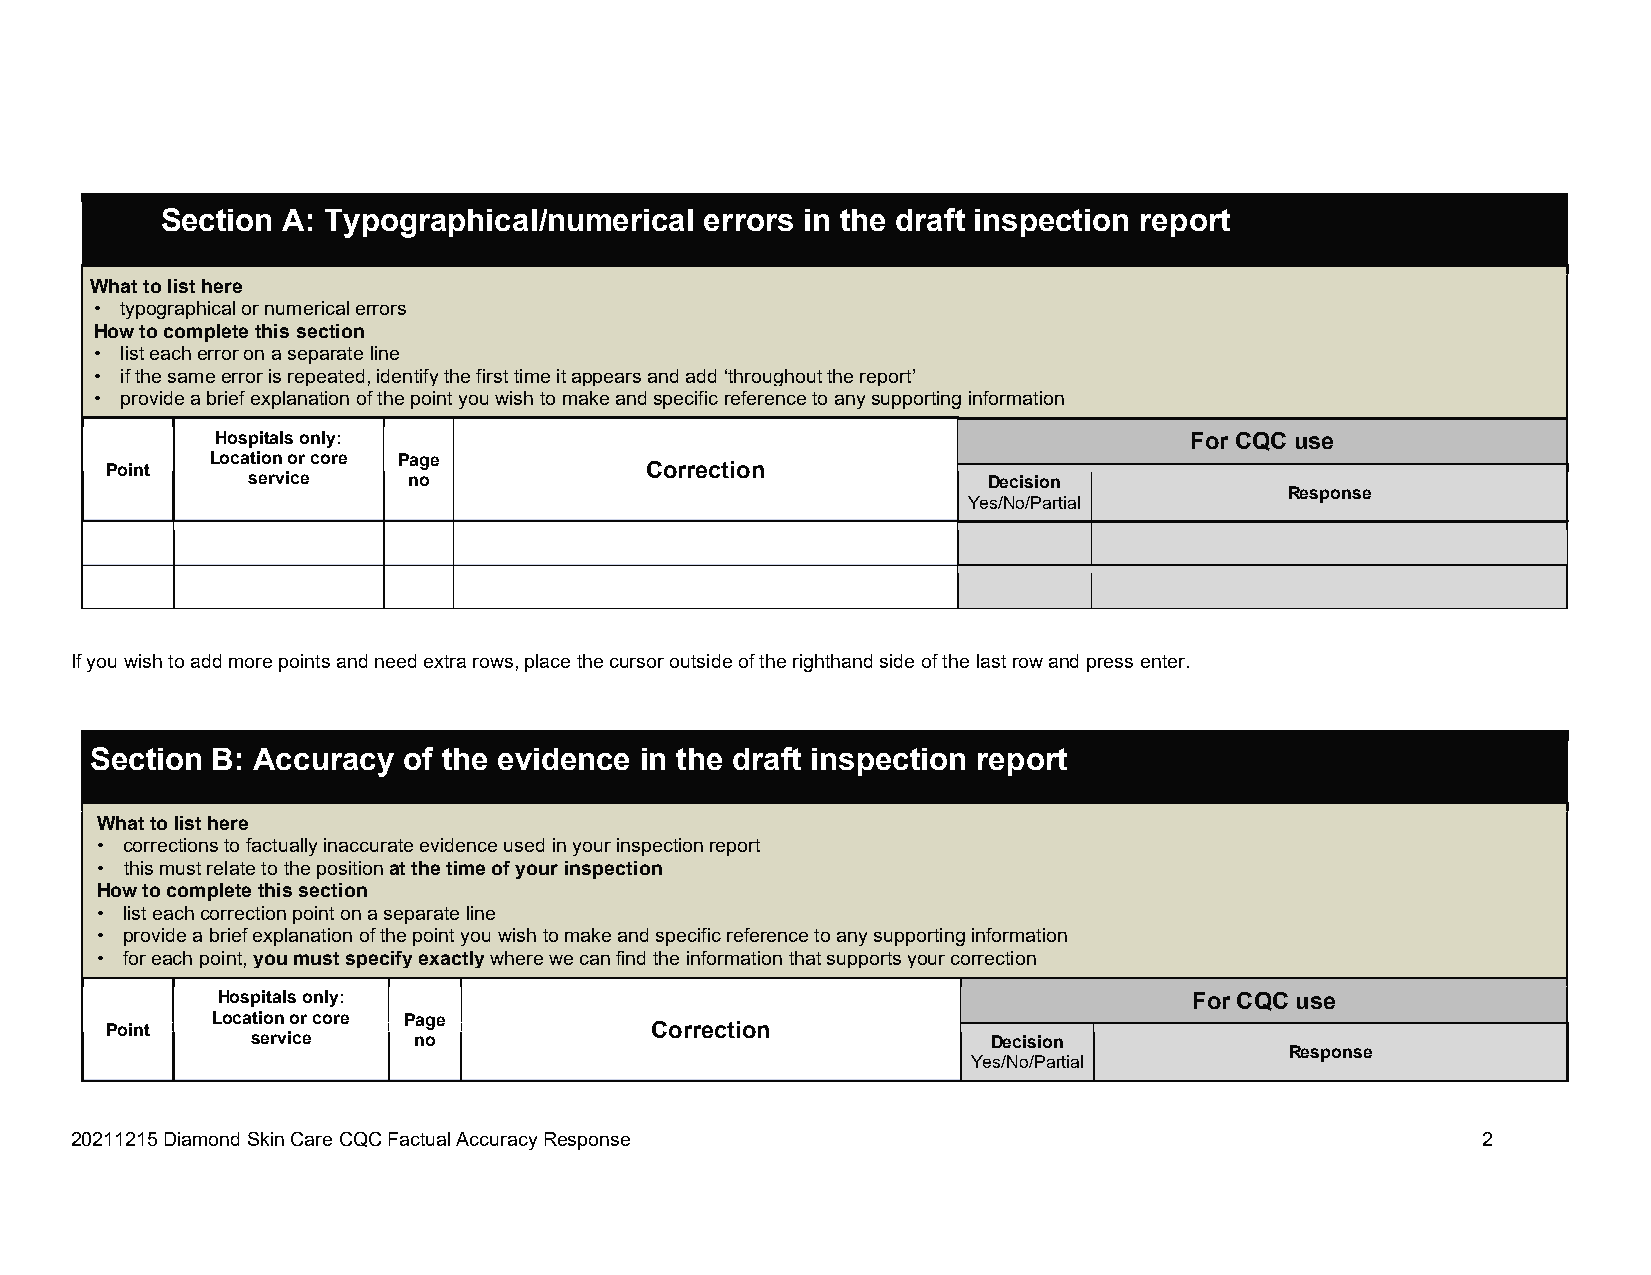
Section A: Typographical/numerical  errors in the draft inspection report
 What to list here
 • typographical or numerical errors
 How to complete this section
 • list each error on a separate line
 • if the same error is repeated, identify the first time it appears and add ‘throughout the report’
 • provide a brief explanation of the point you wish to make and specific reference to any supporting information
 Hospitals only:                                                  For CQC use
 Location or core Page
 Point
 service    no
 Correction
 Decision
 Response
 Yes/No/Partial
 If you wish to add more points and need extra rows, place the cursor outside of the righthand side of the last row and press enter.
 Section B: Accuracy  of the evidence in the draft inspection report
 What to list here
 • corrections to factually inaccurate evidence used in your inspection report
 • this must relate to the position at the time of your inspection
 How to complete this section
 • list each correction point on a separate line
 • provide a brief explanation of the point you wish to make and specific reference to any supporting information
 • for each point, you must specify exactly where we can find the information that supports your correction
 Hospitals only:                                                  For CQC use
 Location or core Page
 Point
 service   no
 Correction
 Decision
 Response
 Yes/No/Partial
 20211215 Diamond Skin Care CQC Factual Accuracy Response                                     2